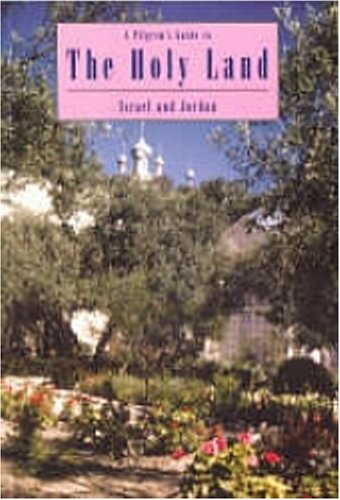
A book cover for A Pilgrim's Guide to The Holy Land - Israel and Jordan (Pilgrim's Guides); David Houseley; Travel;